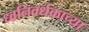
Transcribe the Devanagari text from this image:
ध्वनिवर्धकाच्या